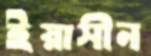
ইয়াসীন